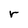
Character: r